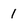
Character: 1